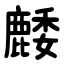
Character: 䴧